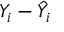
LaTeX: Y _ { i } - { \hat { Y } } _ { i }